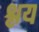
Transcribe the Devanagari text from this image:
श्लय